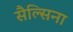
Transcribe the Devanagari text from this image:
सैल्सिना